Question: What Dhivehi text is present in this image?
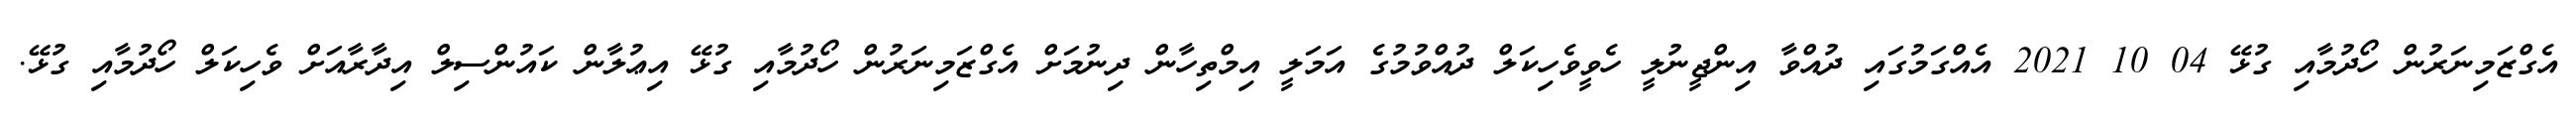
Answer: އެގްޒަމިނަރުން ހޯދުމާއި ގުޅޭ 04 10 2021 އެއްގަމުގައި ދުއްވާ އިންޖީނުލީ ހެވީވެހިކަލް ދުއްވުމުގެ އަމަލީ އިމްތިހާން ދިނުމަށް އެގްޒަމިނަރުން ހޯދުމާއި ގުޅޭ އިޢުލާން ކައުންސިލް އިދާރާއަށް ވެހިކަލް ހޯދުމާއި ގުޅޭ.